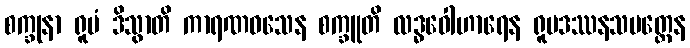
စက္ခုနာ ရူပံ ဒိသွာတိ ကာရဏဝသေန စက္ခူတိ လဒ္ဓဝေါဟာရေန ရူပဒဿနသမတ္ထေန